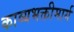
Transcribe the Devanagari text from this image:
काव्यभक्तीमार्ग